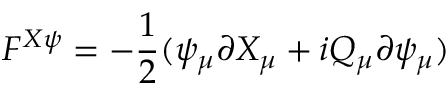
F ^ { X \psi } = - \frac { 1 } { 2 } ( \psi _ { \mu } \partial X _ { \mu } + i Q _ { \mu } \partial \psi _ { \mu } )